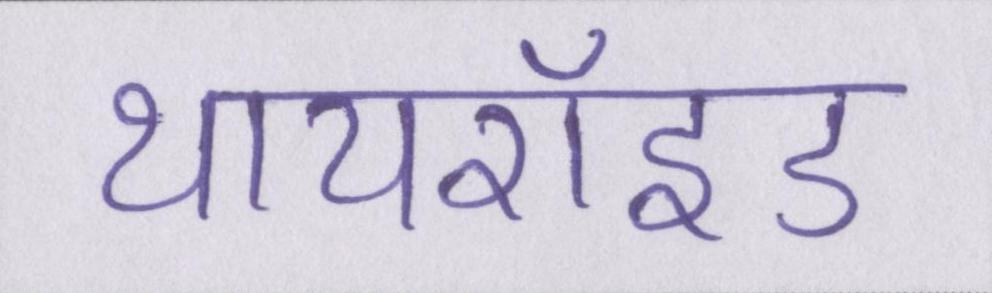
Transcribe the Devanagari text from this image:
थायरॉइड